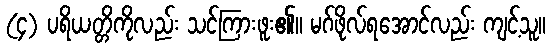
(၄) ပရိယတ္တိကိုလည်း သင်ကြားဖူး၏။ မဂ်ဖိုလ်ရအောင်လည်း ကျင့်သူ။